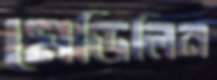
মেডিলিন